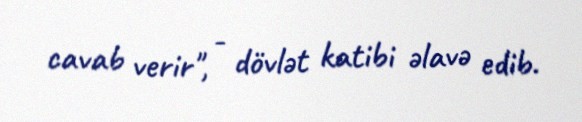
cavab verir", - dövlət katibi əlavə edib.